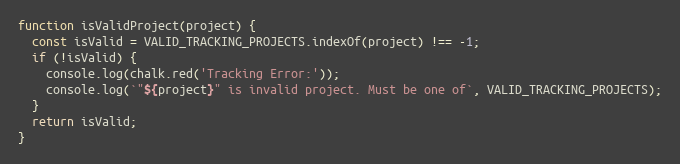
Language: JavaScript
function isValidProject(project) {
  const isValid = VALID_TRACKING_PROJECTS.indexOf(project) !== -1;
  if (!isValid) {
    console.log(chalk.red('Tracking Error:'));
    console.log(`"${project}" is invalid project. Must be one of`, VALID_TRACKING_PROJECTS);
  }
  return isValid;
}